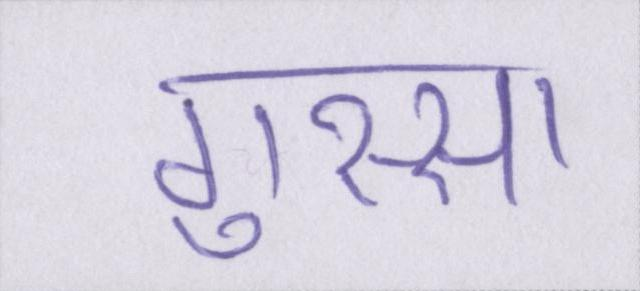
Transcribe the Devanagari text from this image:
गुस्सा